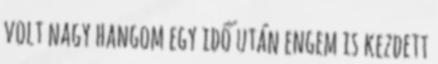
volt nagy hangom egy idő után engem is kezdett